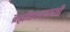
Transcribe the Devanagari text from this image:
ब्रह्मांडशास्त्राशी